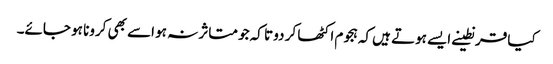
کیا قرنطینے ایسے ہوتے ہیں کہ ہجوم اکٹھا کر دو تا کہ جو متاثر نہ ہو اسے بھی کرونا ہو جائے۔